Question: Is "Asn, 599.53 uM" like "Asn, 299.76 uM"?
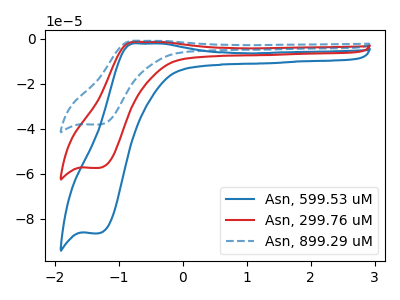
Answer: <think>The blue curve "Asn, 599.53 uM" has an anodic peak at (-0.65V, -2.15uA) and a cathodic peak at (-1.30V, -86.45uA). The red curve "Asn, 299.76 uM" has an anodic peak at (-0.65V, -1.45uA) and a cathodic peak at (-1.30V, -57.45uA). The blue dashed curve "Asn, 899.29 uM" has an anodic peak at (-0.65V, -2.85uA) and a cathodic peak at (-1.30V, -114.85uA).
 All the peaks in "Asn, 599.53 uM" have a peak in "Asn, 299.76 uM" at the same potential.</think>
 <answer>"Asn, 599.53 uM" and "Asn, 299.76 uM" are similar in shape.</answer>
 <eval>same_shape</eval>